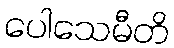
ပေါသေမီတိ